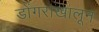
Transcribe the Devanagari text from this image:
डोंगराखालून